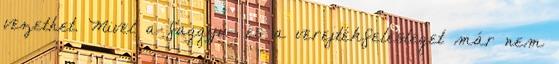
vezethet. Mivel a faggyú- és a verejtékfelesleget már nem